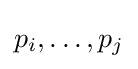
p_{i},\dots ,p_{j}